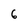
Character: 6